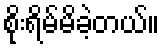
စိုးရိမ်မိခဲ့တယ်။